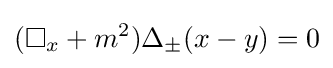
(\Box _{x}+m^{2})\Delta _{\pm }(x-y)=0